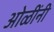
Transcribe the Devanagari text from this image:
ओळींनी